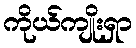
ကိုယ်ကျိုးရှာ